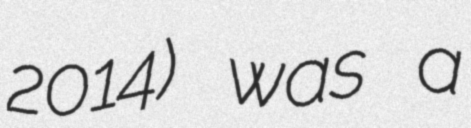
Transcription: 2014) was a